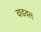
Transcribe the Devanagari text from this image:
वाढवल